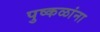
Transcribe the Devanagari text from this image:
पुष्कळांना